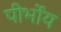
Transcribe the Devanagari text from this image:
पीर्भोय